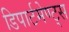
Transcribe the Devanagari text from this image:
डिपार्टमेण्ट्स